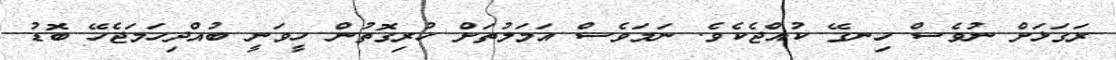
ރަގަޅަށް ނުވެސް ހިނގޭ ކުއްޖެކެވެ. ނަމަވެސް އަމަލުތަށް ހުރިގޮތުން ހީވަނީ ބުއްދިހަމަޖެހޭ ބޮޑު